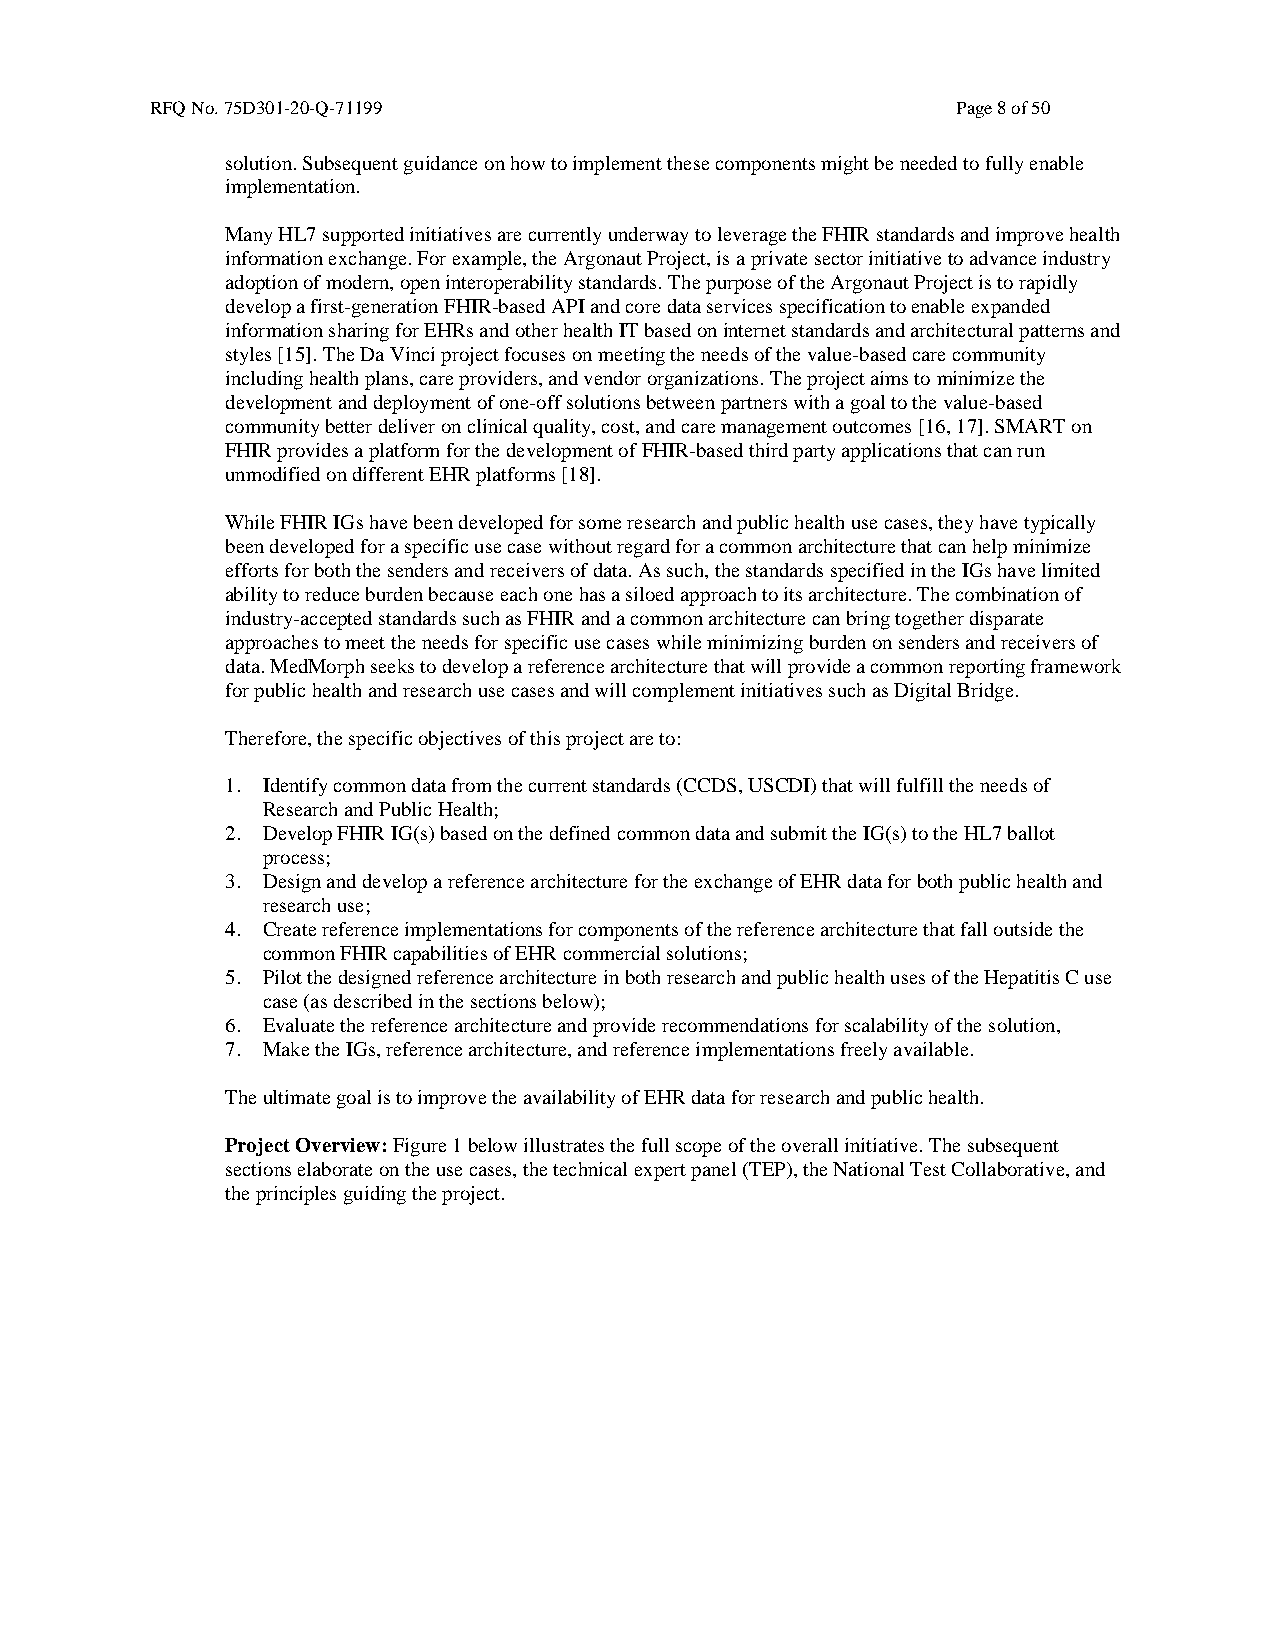
RFQ No. 75D301-20-Q-71199                            Page 8 of 50
 solution. Subsequent guidance on how to implement these components might be needed to fully enable
 implementation.
 Many HL7 supported initiatives are currently underway to leverage the FHIR standards and improve health
 information exchange. For example, the Argonaut Project, is a private sector initiative to advance industry
 adoption of modern, open interoperability standards. The purpose of the Argonaut Project is to rapidly
 develop a first-generation FHIR-based API and core data services specification to enable expanded
 information sharing for EHRs and other health IT based on internet standards and architectural patterns and
 styles [15]. The Da Vinci project focuses on meeting the needs of the value-based care community
 including health plans, care providers, and vendor organizations. The project aims to minimize the
 development and deployment of one-off solutions between partners with a goal to the value-based
 community better deliver on clinical quality, cost, and care management outcomes [16, 17]. SMART on
 FHIR provides a platform for the development of FHIR-based third party applications that can run
 unmodified on different EHR platforms [18].
 While FHIR IGs have been developed for some research and public health use cases, they have typically
 been developed for a specific use case without regard for a common architecture that can help minimize
 efforts for both the senders and receivers of data. As such, the standards specified in the IGs have limited
 ability to reduce burden because each one has a siloed approach to its architecture. The combination of
 industry-accepted standards such as FHIR and a common architecture can bring together disparate
 approaches to meet the needs for specific use cases while minimizing burden on senders and receivers of
 data. MedMorph seeks to develop a reference architecture that will provide a common reporting framework
 for public health and research use cases and will complement initiatives such as Digital Bridge.
 Therefore, the specific objectives of this project are to:
 1. Identify common data from the current standards (CCDS, USCDI) that will fulfill the needs of
 Research and Public Health;
 2. Develop FHIR IG(s) based on the defined common data and submit the IG(s) to the HL7 ballot
 process;
 3. Design and develop a reference architecture for the exchange of EHR data for both public health and
 research use;
 4. Create reference implementations for components of the reference architecture that fall outside the
 common FHIR capabilities of EHR commercial solutions;
 5. Pilot the designed reference architecture in both research and public health uses of the Hepatitis C use
 case (as described in the sections below);
 6. Evaluate the reference architecture and provide recommendations for scalability of the solution,
 7. Make the IGs, reference architecture, and reference implementations freely available.
 The ultimate goal is to improve the availability of EHR data for research and public health.
 Project Overview: Figure 1 below illustrates the full scope of the overall initiative. The subsequent
 sections elaborate on the use cases, the technical expert panel (TEP), the National Test Collaborative, and
 the principles guiding the project.